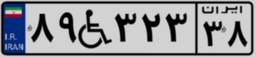
۸۹W۳۲۳۳۸